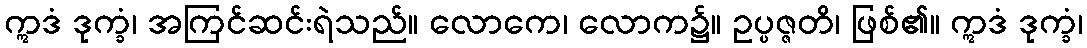
ဣဒံ ဒုက္ခံ၊ အကြင်ဆင်းရဲသည်။ လောကေ၊ လောက၌။ ဥပ္ပဇ္ဇတိ၊ ဖြစ်၏။ ဣဒံ ဒုက္ခံ၊